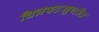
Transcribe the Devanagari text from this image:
चित्रपटसूष्टीत